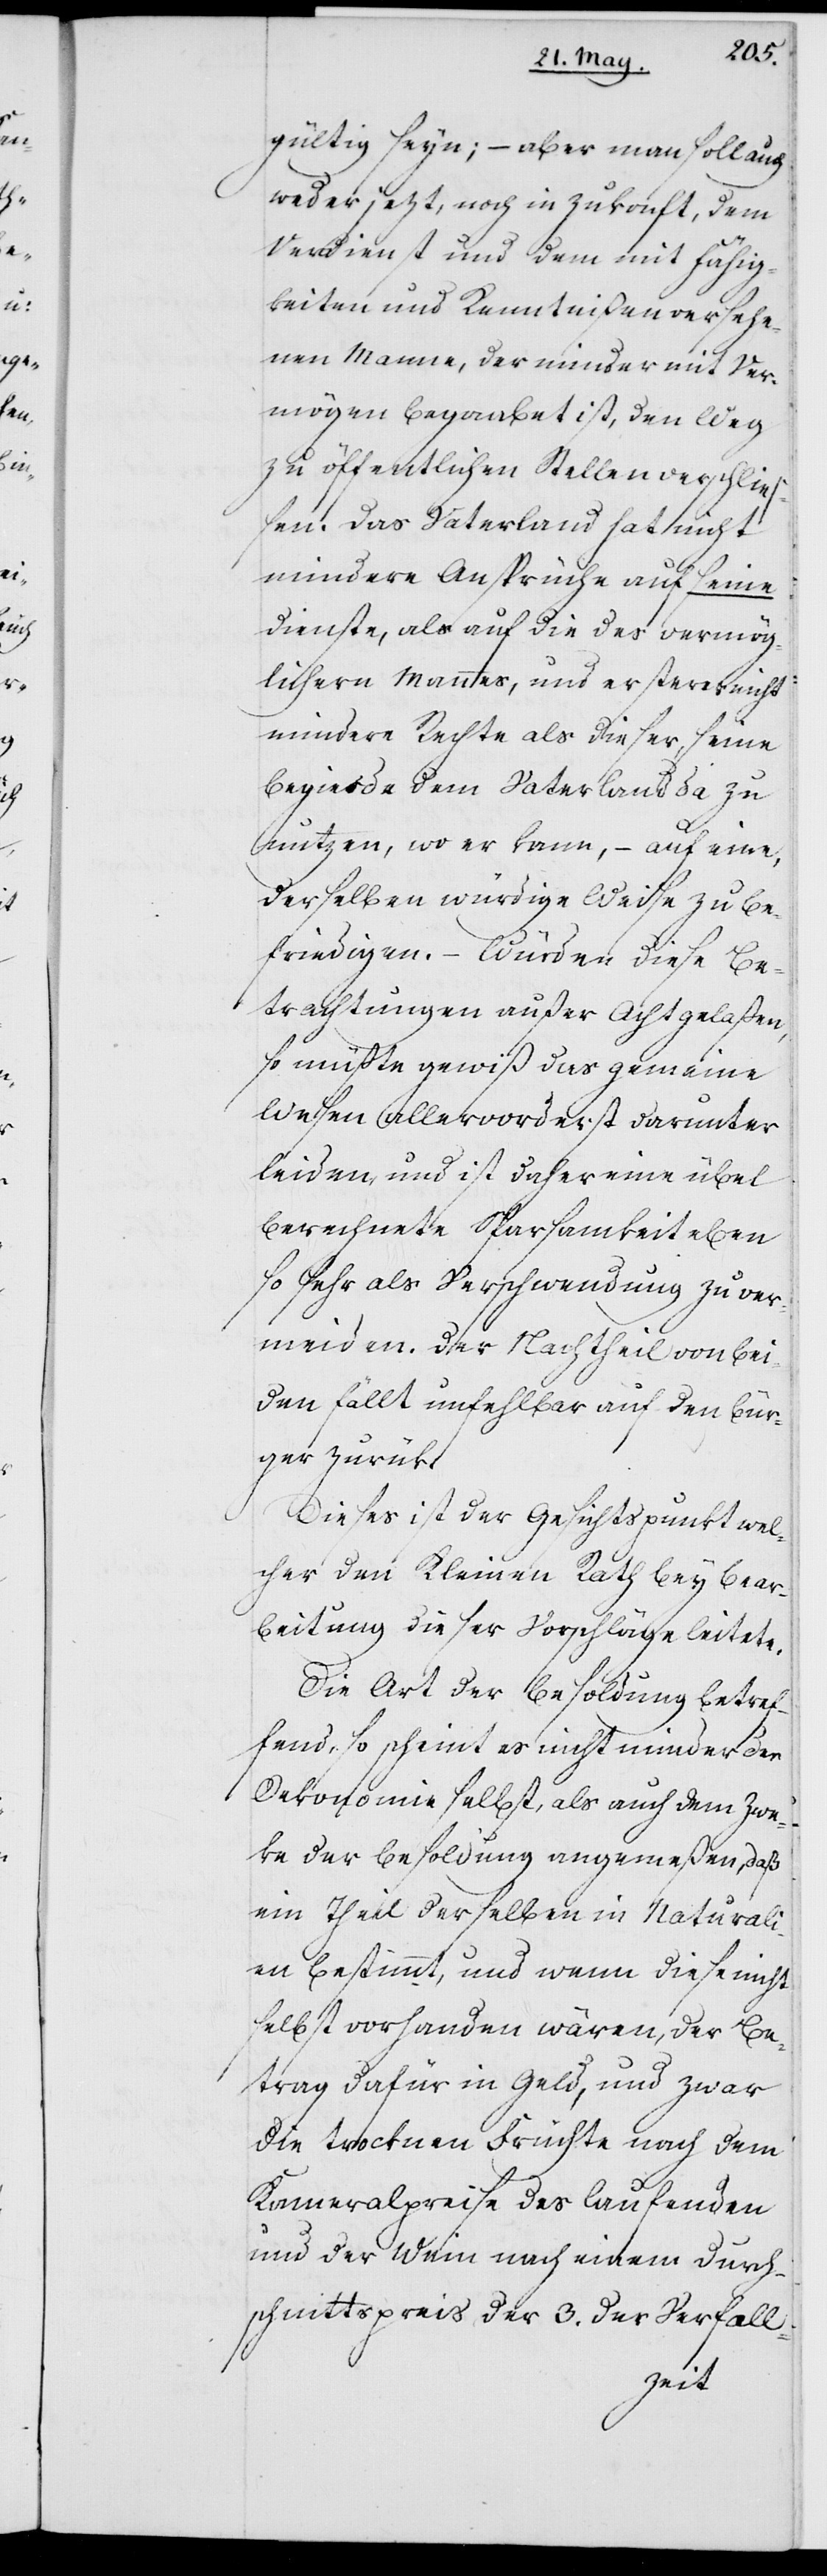
gültig seyn; – aber man soll auch
weder jezt, noch in Zukonft, dem
Verdienst und dem mit Fähig¬
keiten und Kenntnißen versehe¬
nen Manne, der minder mit Ver¬
mögen begaabet ist, den Weg
zu öffentlichen Stellen verschließ¬
en. Das Vaterland hat nicht
mindere Ansprüche auf seine
Dienste, als auf die des vermög¬
lichern Mannes, und ersterer nicht
mindere Rechte als dieser, seine
Begierde dem Vaterland da zu
nutzen, wo er kann, – auf eine,
derselben würdige Weise zu be¬
friedigen. – Würden diese Be¬
trachtungen außer Acht gelaßen,
so müßte gewiß das gemeine
Wesen allervorderst darunter
leiden, und ist daher eine übel
berechnete Sparsamkeit eben
so sehr als Verschwendung zu ver¬
meiden. Der Nachtheil von bei¬
den fällt unfehlbar auf den Bür¬
ger zurük.
Dieses ist der Gesichtspunkt wel¬
cher den Kleinen Rath bey Bear¬
beitung dieser Vorschläge leitete.
Die Art der Besoldung betref¬
fend, so scheint es nicht minder der
Oekonomie selbst, als auch dem Zwe¬
ke der Besoldung angemeßen, daß
ein Theil derselben in Naturali¬
en bestimmt, und wenn diese nicht
selbst vorhanden wären, der Be¬
trag dafür in Geld, und zwar
die trocknen Früchte nach dem
Kameralpreise des laufenden
und der Wein nach einem Durch¬
schnittspreis der 3. der Verfall-